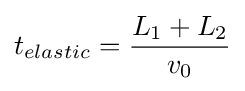
t_{elastic}={\frac {L_{1}+L_{2}}{v_{0}}}